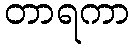
တာရကာ